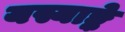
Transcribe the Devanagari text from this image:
यस्याङ्के